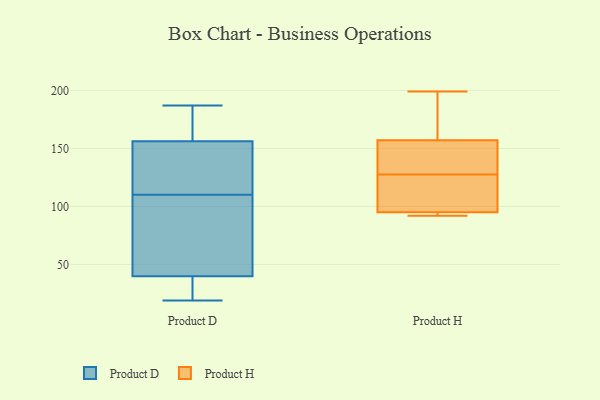
{"axis": {"x": "Gross Profit (USD K)", "y": "Value"}, "legend": ["Product D", "Product H"], "data": [{"x": "", "y": 94, "type": "Product D"}, {"x": "", "y": 187, "type": "Product D"}, {"x": "", "y": 151, "type": "Product D"}, {"x": "", "y": 39, "type": "Product D"}, {"x": "", "y": 119, "type": "Product D"}, {"x": "", "y": 158, "type": "Product D"}, {"x": "", "y": 75, "type": "Product D"}, {"x": "", "y": 145, "type": "Product D"}, {"x": "", "y": 166, "type": "Product D"}, {"x": "", "y": 42, "type": "Product D"}, {"x": "", "y": 165, "type": "Product D"}, {"x": "", "y": 31, "type": "Product D"}, {"x": "", "y": 118, "type": "Product D"}, {"x": "", "y": 22, "type": "Product D"}, {"x": "", "y": 19, "type": "Product D"}, {"x": "", "y": 177, "type": "Product D"}, {"x": "", "y": 42, "type": "Product D"}, {"x": "", "y": 110, "type": "Product D"}, {"x": "", "y": 35, "type": "Product D"}, {"x": "", "y": 95, "type": "Product H"}, {"x": "", "y": 147, "type": "Product H"}, {"x": "", "y": 190, "type": "Product H"}, {"x": "", "y": 157, "type": "Product H"}, {"x": "", "y": 141, "type": "Product H"}, {"x": "", "y": 199, "type": "Product H"}, {"x": "", "y": 93, "type": "Product H"}, {"x": "", "y": 102, "type": "Product H"}, {"x": "", "y": 114, "type": "Product H"}, {"x": "", "y": 92, "type": "Product H"}]}